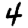
Digit: 4